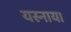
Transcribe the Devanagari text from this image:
यस्नाया